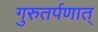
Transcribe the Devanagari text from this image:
गुरुतर्पणात्